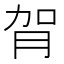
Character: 𦙺